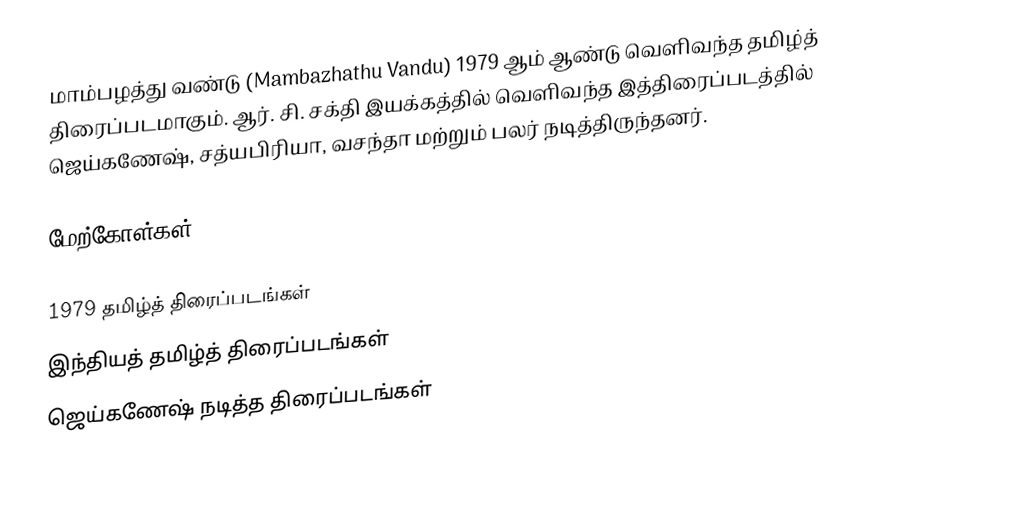
மாம்பழத்து வண்டு (Mambazhathu Vandu) 1979 ஆம் ஆண்டு வெளிவந்த தமிழ்த் திரைப்படமாகும். ஆர். சி. சக்தி இயக்கத்தில் வெளிவந்த இத்திரைப்படத்தில் ஜெய்கணேஷ், சத்யபிரியா, வசந்தா மற்றும் பலர் நடித்திருந்தனர்.

மேற்கோள்கள்

1979 தமிழ்த் திரைப்படங்கள்
இந்தியத் தமிழ்த் திரைப்படங்கள்
ஜெய்கணேஷ் நடித்த திரைப்படங்கள்